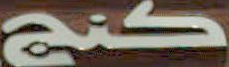
كنج